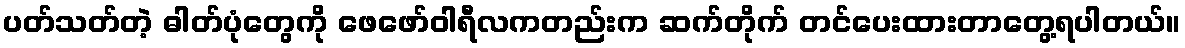
ပတ်သတ်တဲ့ ဓါတ်ပုံတွေကို ဖေဖော်ဝါရီလကတည်းက ဆက်တိုက် တင်ပေးထားတာတွေ့ရပါတယ်။